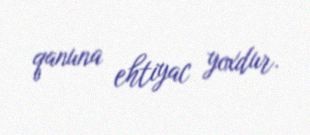
qanuna ehtiyac yoxdur.